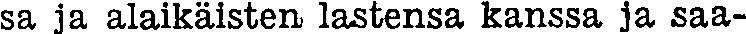
sa ja alaikäisten lastensa kanssa ja saa-